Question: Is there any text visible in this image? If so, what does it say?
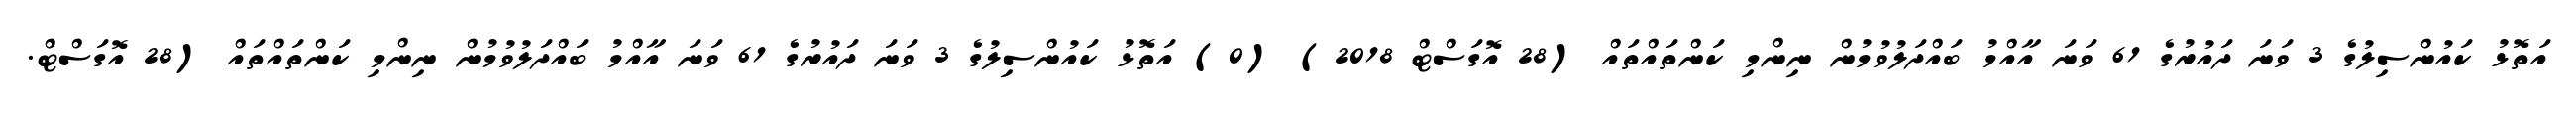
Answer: އަތޮޅު ކައުންސިލުގެ 3 ވަނަ ދައުރުގެ 61 ވަނަ އާއްމު ބައްދަލުވުމުން ނިންމި ކަންތައްތައް (28 އޮގަސްޓް 2018) (0) އަތޮޅު ކައުންސިލުގެ 3 ވަނަ ދައުރުގެ 61 ވަނަ އާއްމު ބައްދަލުވުމުން ނިންމި ކަންތައްތައް (28 އޮގަސްޓް.